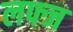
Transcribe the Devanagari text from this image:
लफ्ज